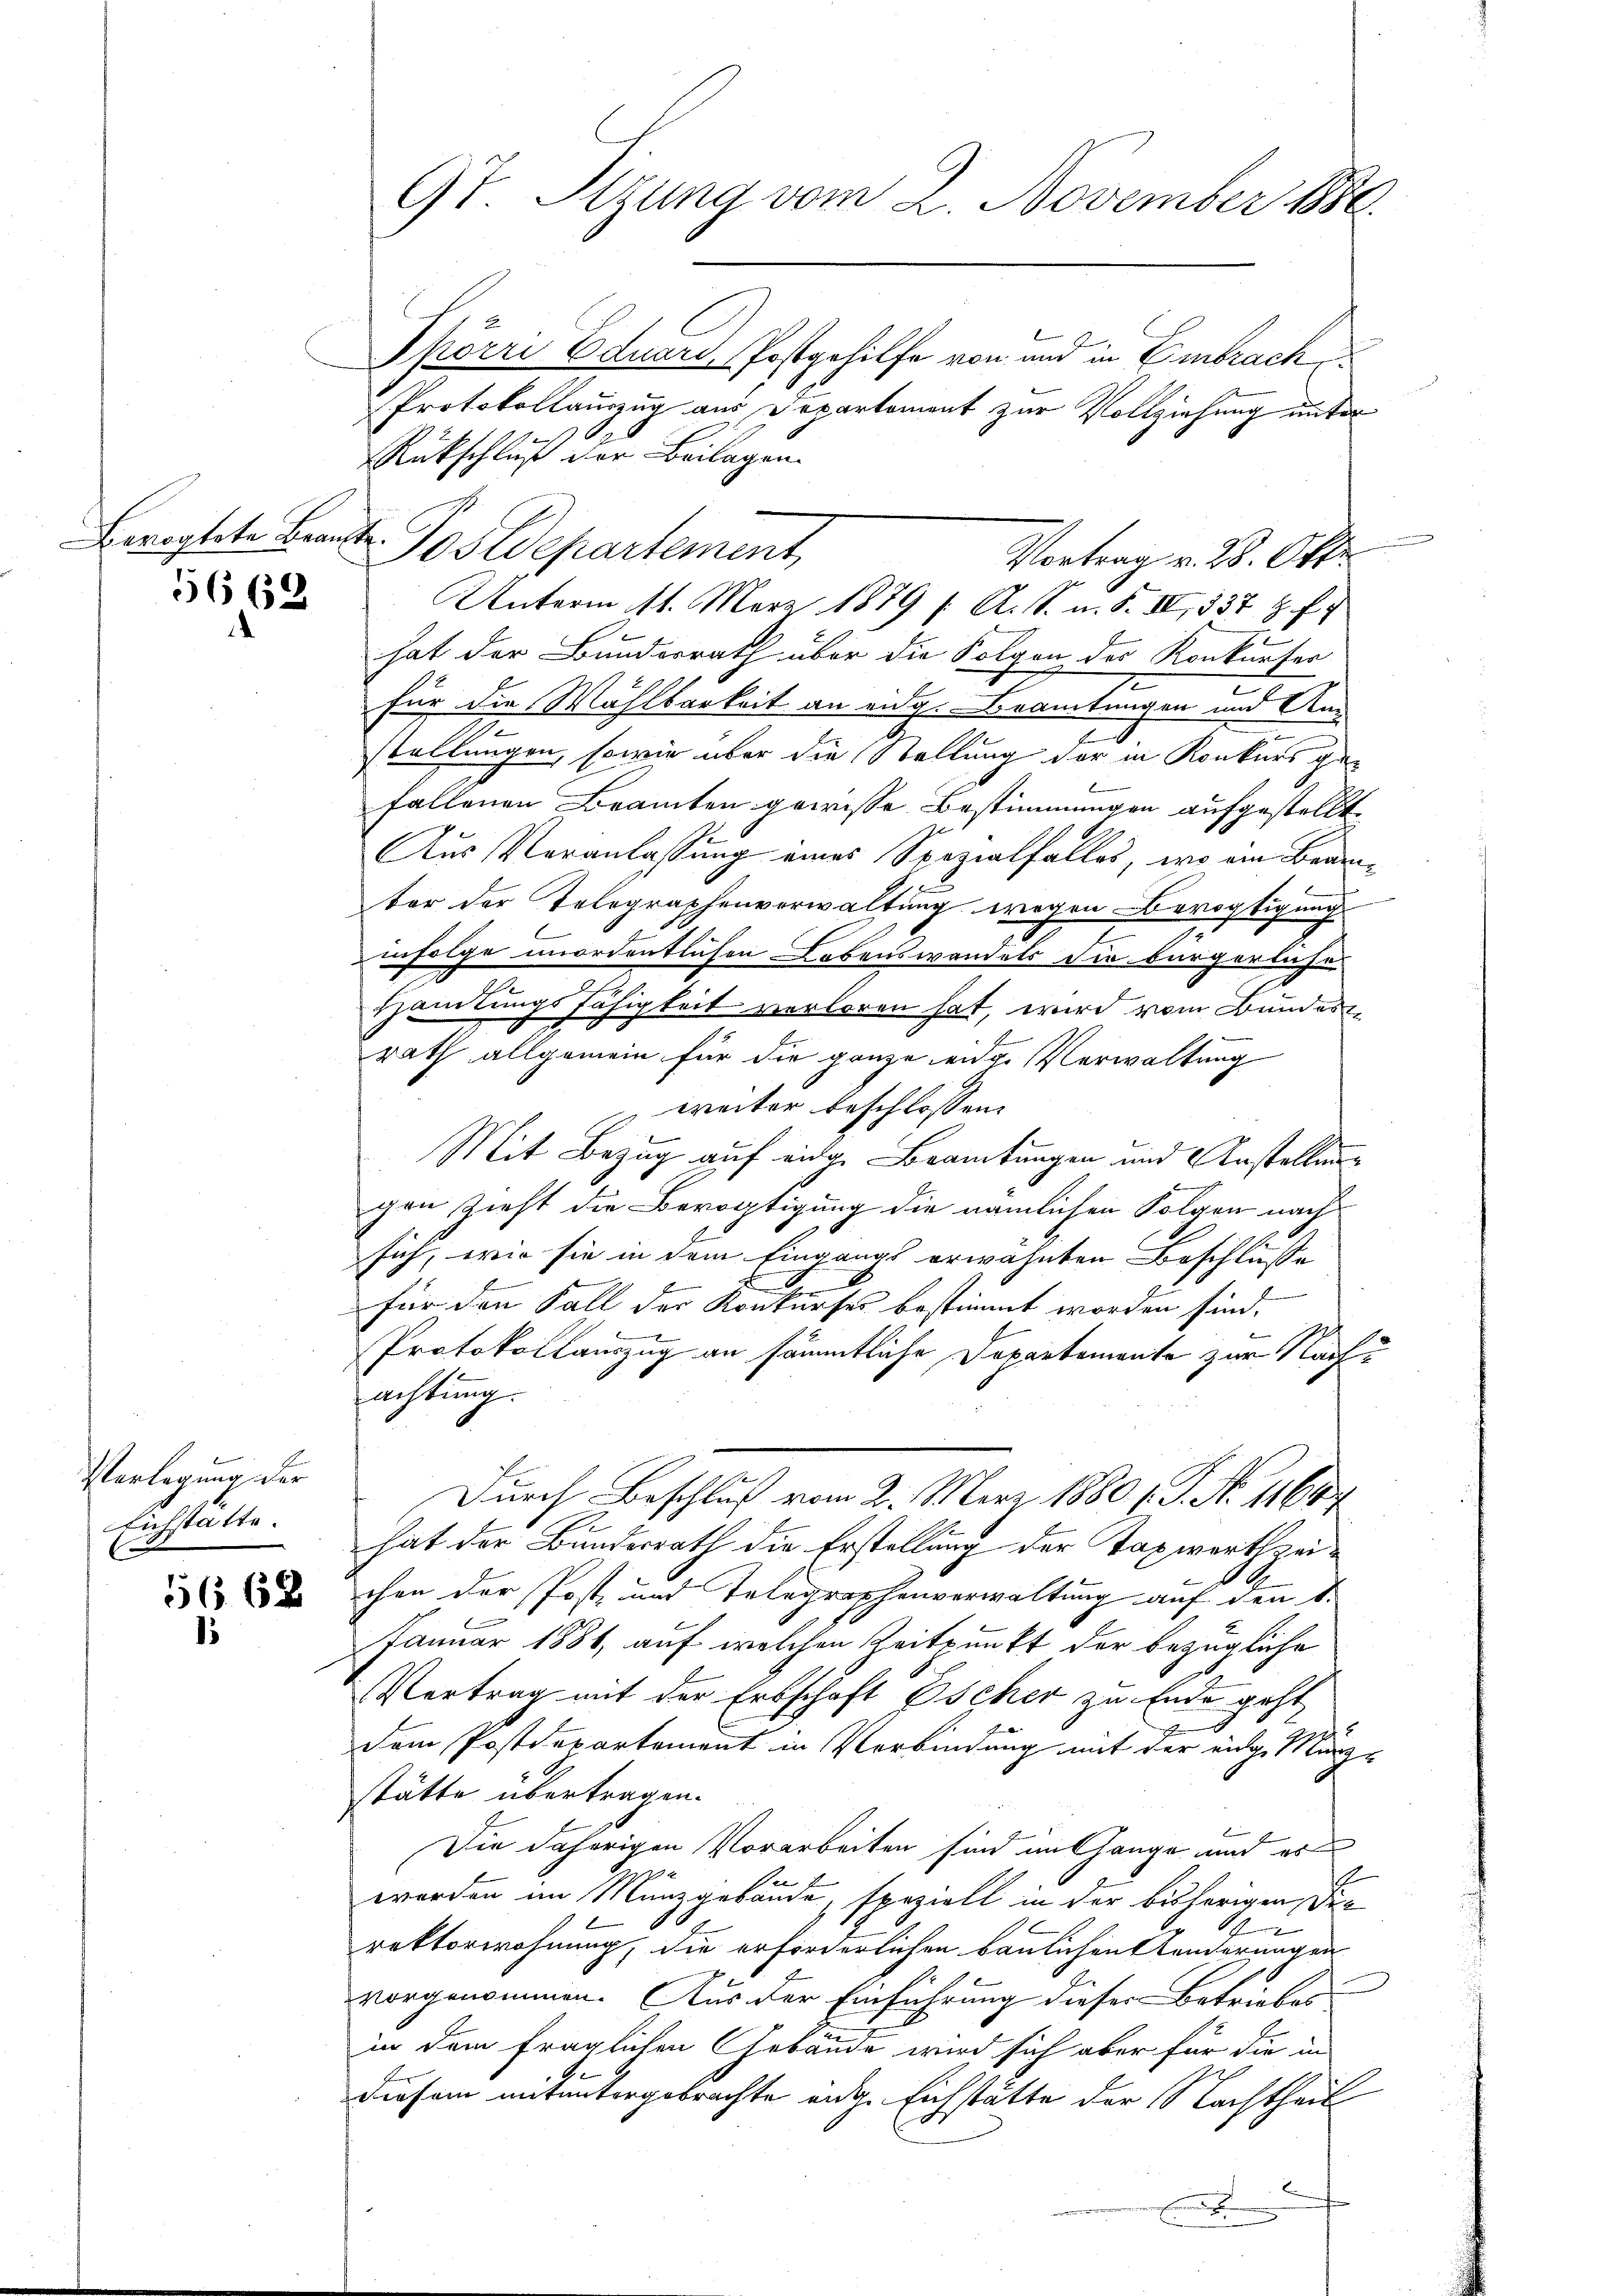
Bevogtete Beamte.

5662

Verlegung der
Eichstatte.

5662
.

Thörri Eduard, Postgehilfe von und in Embrach
Protokollauszug aus Departement zur Vollziehung unter
Rückschluß der Beilagen.
Vortrag v. 28. Okt.
2
hat der Bundesrath über die Folgen des Konkurser
für die Wahlbarkeit an eidg. Beamtungen und An¬
2
stellungen, sowie über die Stellung der in Konkurs gefallenen Beamten gewisse Bestimmungen aufgestellt.
Aus Veranlassung eines Spezialfalles, wo ein Beamter der Telegraphenverwaltung wegen Bevogtigung
infolge unordentlichen Lebenswandels die bürgerliches
.
Hamtungsfähigkeit verloren hat, wird vom Bundesrath allgemein für die ganze eidge Verwaltung
weiter beschlossen:
Mit Bezug auf einge Beamtungen und Anstellung
gen Zieht die Bevogtigung die nämlichen Folgen nach
sich, wie sie in dem Eingangs erwähnten Beschlüsse

für den Fall der Konkurses bestimmt worden sind.
Protokollauszug an sämmtliche Departemente zur Nachachtung.
Durch Beschluß vom 2. März 1880 s. S. No 11684
hat der Bundesrath die Erstellung der Taxwertheichen der Post, und Telegraphenverwaltung auf den 8.
Januar 1881, auf welchen Zeitpunkt der bezügliche
Vertrag mit der Erbschaft Escher zu Ende geht,
dem Postdepartement in Verbindung mit der eige Märzstätte übertragen.
Die daherigen Vorarbeiten sind aufhange und es
werden im Münzgebäude, speziell in der bisherigen Die
rektorwohnung, die erforderlichen baulichen Aenderungen
vorgenommen. Aus der Einführung dieser Betriebes
in dem fraglichen Gebäude wird sich aber für die in
diesem mituntergebrachte eidg. Eichstätte der Nachtheil
E
Ein

9t. Stzung vom 2. November 1886

Postdepartement,

Unterm 11. März 1879 f. A. S. m. S. II, 337 Z. f